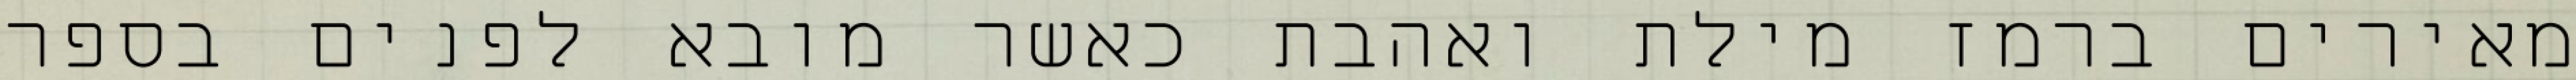
מאירים ברמז מילת ואהבת כאשר מובא לפנים בספר